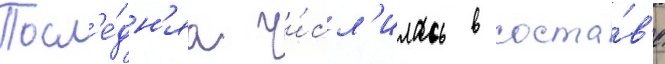
Посл'е́дн'яа чи́сл'илась в соста́в'е